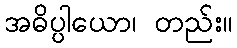
အဓိပ္ပါယော၊ တည်း။